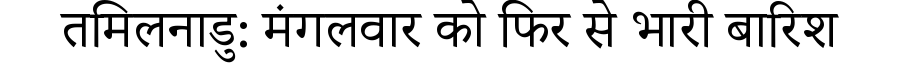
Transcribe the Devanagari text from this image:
तमिलनाडु: मंगलवार को फिर से भारी बारिश